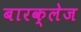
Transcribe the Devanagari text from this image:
बारक्लेज